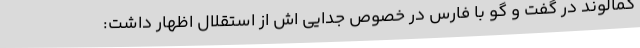
کمالوند در گفت و گو با فارس در خصوص جدایی اش از استقلال اظهار داشت: